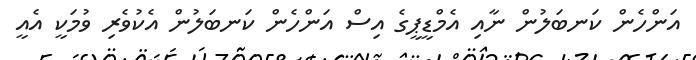
އަންހެން ކަނބަލުން ނާއި އެމްޑީޕީގެ އިސް އަންހެން ކަނބަލުން އެކުވެރި ވުމަކީ އެއީ